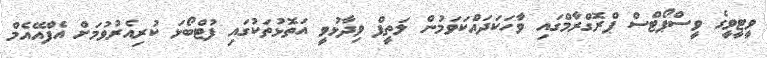
ވީޓީވީގެ ވީސްޕޯޓްސް ޕްރޮގްރާމްގައި ވާހަކަދައްކަވަމުން ލަތީފް ވިދާޅުވީ އަތޮޅުތަކުގައި ފުޓްބޯޅަ ކުރިއެރުވުމަށް އެފްއޭއެމް